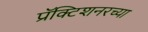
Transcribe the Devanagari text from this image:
प्रॅक्टिशनरच्या